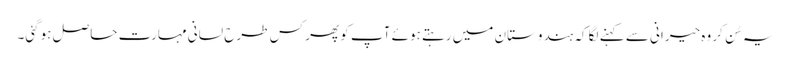
یہ سُن کر وہ حیرانی سے کہنے لگا کہ ہندوستان میں رہتے ہوئے آپ کو پھر کس طرح لسانی مہارت حاصل ہوگئی۔